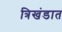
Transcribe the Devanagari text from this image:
त्रिखंडात